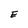
Character: E